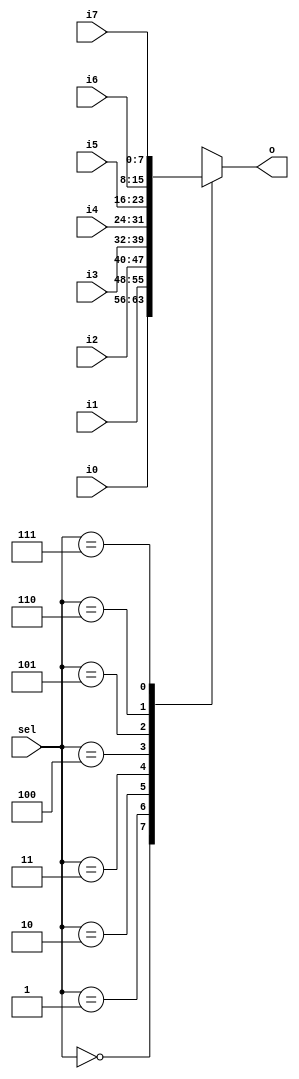
`timescale 1ns / 1ps
//////////////////////////////////////////////////////////////////////////////////
// Company: None
// 
// Design Name: 
// Module Name: Mux8
// Project Name: 
// Target Devices: 
// Tool Versions: 
// Description: 
// 
// Dependenrgb24es: 
// 
// Revision:
// Revision 0.01 - File Created
// Additional Comments:
// 
//////////////////////////////////////////////////////////////////////////////////


module Mux8(sel, i0, i1, i2, i3, i4, i5, i6, i7, o);

	parameter data_width = 8;

	input[2 : 0] sel;
	input[data_width - 1 : 0] i0;
	input[data_width - 1 : 0] i1;
	input[data_width - 1 : 0] i2;
	input[data_width - 1 : 0] i3;
	input[data_width - 1 : 0] i4;
	input[data_width - 1 : 0] i5;
	input[data_width - 1 : 0] i6;
	input[data_width - 1 : 0] i7;
	output[data_width - 1 : 0] o;
	
	reg[data_width - 1 : 0] reg_o;

	always @(*) begin
		case (sel)
			0 : reg_o <= i0;
			1 : reg_o <= i1;
			2 : reg_o <= i2;
			3 : reg_o <= i3;
			4 : reg_o <= i4;
			5 : reg_o <= i5;
			6 : reg_o <= i6;
			7 : reg_o <= i7;
			default : /* default */;
		endcase
	end

	assign o = reg_o;

endmodule